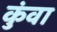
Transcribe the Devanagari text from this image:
कुंवा